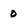
Character: 0